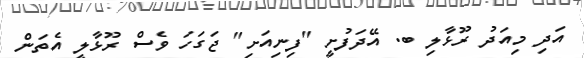
އަދި މިއަދު ރޫޅާލި ބ. އޭދަފުށީ "ފިނިއަށި" ޖަގަހަ ވެސް ރޫޅާލީ އެތަން